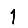
Digit: 1